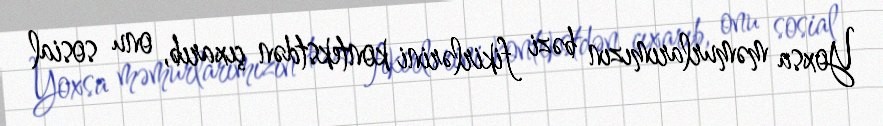
Yoxsa məmurlarımızın bəzi fikirlərini kontekstdən çıxarıb, onu sosial